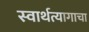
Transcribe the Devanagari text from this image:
स्वार्थत्यागाचा